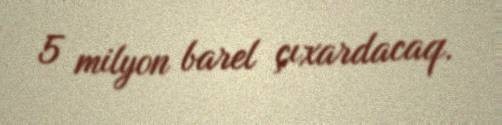
5 milyon barel çıxardacaq.